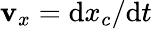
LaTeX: \mathbf{v}_{x}=\mathrm{{d}}x_{c}/\mathrm{{d}}t